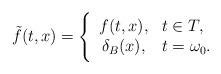
LaTeX: \begin{align*}\tilde{f}(t,x)=\Bigg\{ \begin{array}{cl}f(t,x), & t\in T,\\\delta_{B} (x),& t=\omega_0.\end{array}\end{align*}